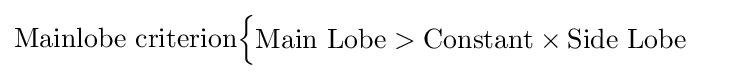
{\text{Mainlobe criterion}}{\begin{cases}\mathrm {Main\ Lobe>Constant\times Side\ Lobe} \end{cases}}